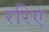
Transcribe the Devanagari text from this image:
ररिए